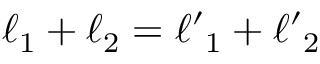
\ell _ { 1 } + \ell _ { 2 } = { \ell ^ { \prime } } _ { 1 } + { \ell ^ { \prime } } _ { 2 }